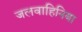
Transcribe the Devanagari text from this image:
जलवाहिनिया